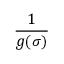
\displaystyle \frac { 1 } { g ( \sigma ) }